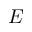
E